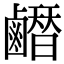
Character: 𪊂